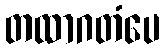
တထာဂတံပေ